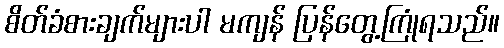
စိတ်ခံစားချက်များပါ မကျန် ပြန်တွေ့ကြုံရသည်။